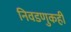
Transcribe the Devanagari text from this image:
निवडणुकही